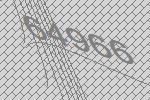
64966